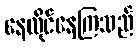
နေထိုင်နေကြသည်